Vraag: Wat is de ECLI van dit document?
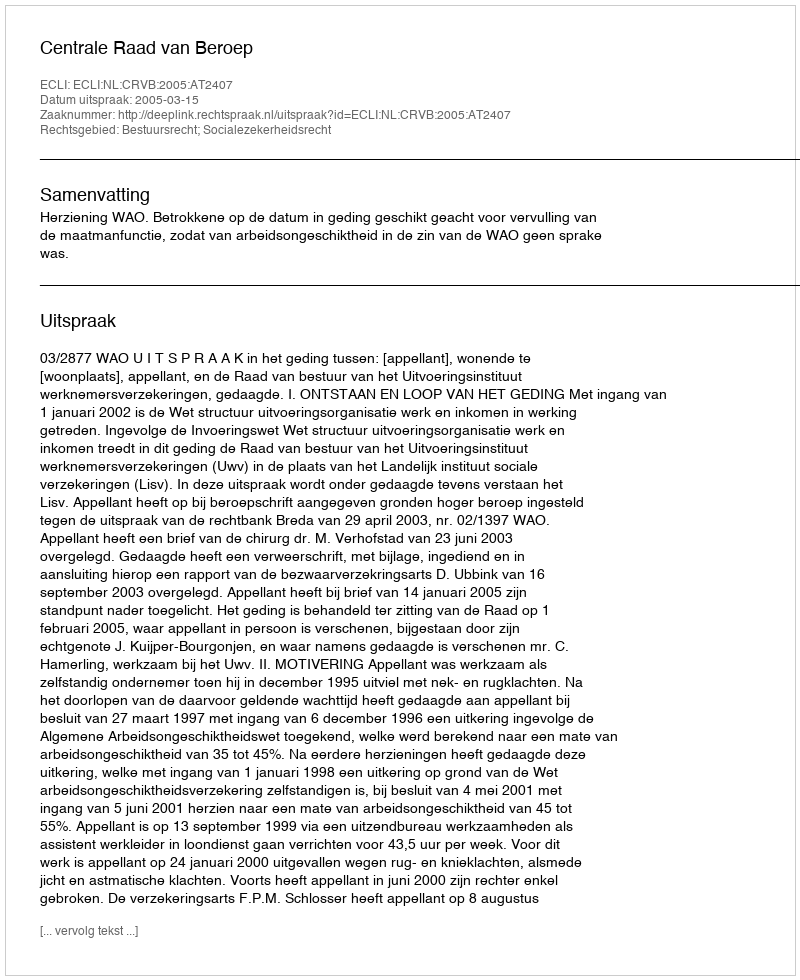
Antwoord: ECLI:NL:CRVB:2005:AT2407